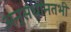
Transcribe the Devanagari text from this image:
अनुसंधानतभी